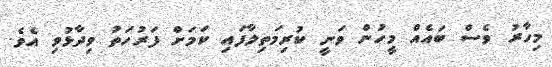
މިހާރު ވެސް ބައެއް މީހުން ވަނީ ކުރިމަތިލާފައި ކަމަށް ފަރުހަތު ވިދާޅުވި އެވެ.